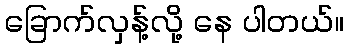
ခြောက်လှန့်လို့ နေ ပါတယ်။